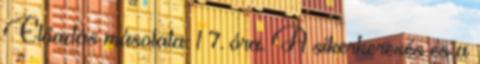
Előadás másolata: 1 7. óra. A sikerkeresés és a